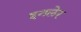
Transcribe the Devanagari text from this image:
इनलेर